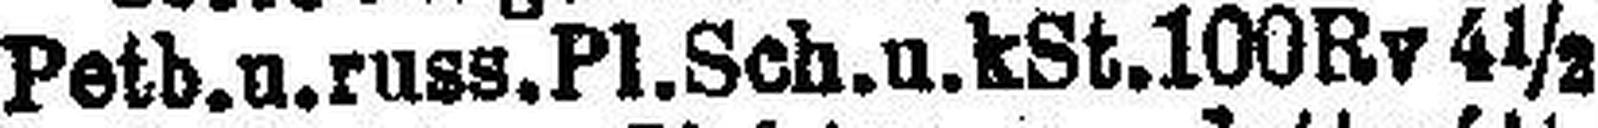
Petb. u. russ. Pl. Sch. u. kSt. 100Rv 4½